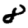
Digit: 8